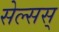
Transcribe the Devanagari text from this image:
सेल्सस्